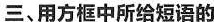
三、用方框中所给短语的